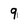
Character: 9